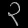
Digit: ၃